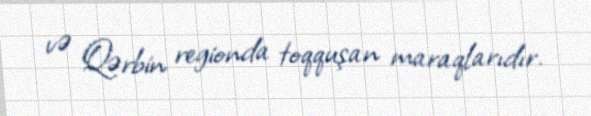
və Qərbin regionda toqquşan maraqlarıdır.